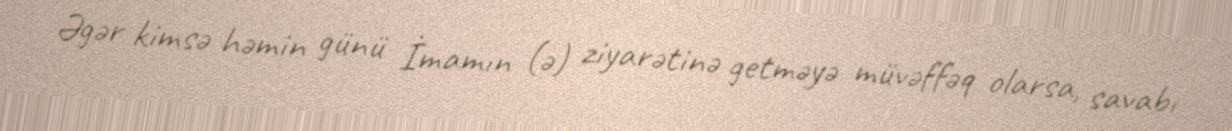
Əgər kimsə həmin günü İmamın (ə) ziyarətinə getməyə müvəffəq olarsa, savabı